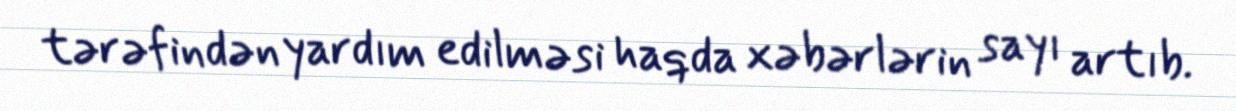
tərəfindən yardım edilməsi haqda xəbərlərin sayı artıb.